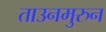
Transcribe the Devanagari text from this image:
ताउनमुरुन